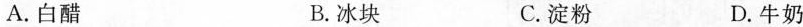
A.白醋 B.冰块 C.淀粉 D.牛奶